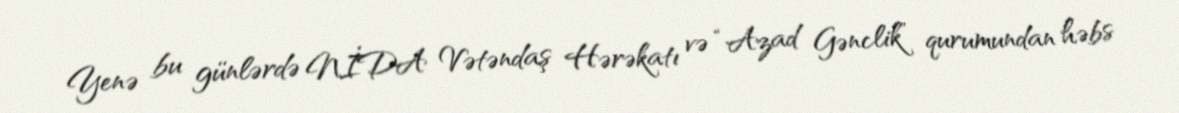
Yenə bu günlərdə NİDA Vətəndaş Hərəkatı və “Azad Gənclik” qurumundan həbs